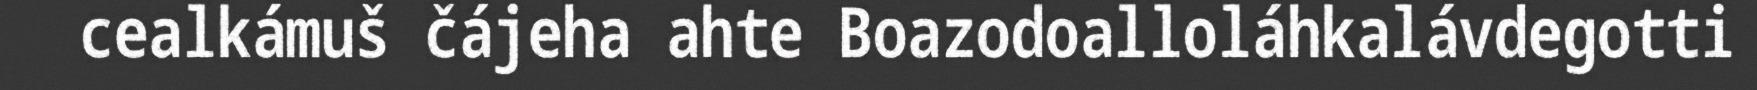
cealkámuš čájeha ahte Boazodoalloláhkalávdegotti